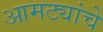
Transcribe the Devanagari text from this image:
आमट्यांचे